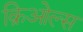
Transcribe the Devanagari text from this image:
क्रिओल्स